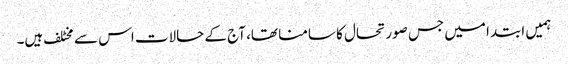
ہمیں ابتدا میں جس صورتحال کا سامنا تھا، آج کے حالات اس سے مخٹلف ہیں۔